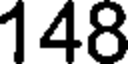
148